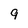
Character: 9